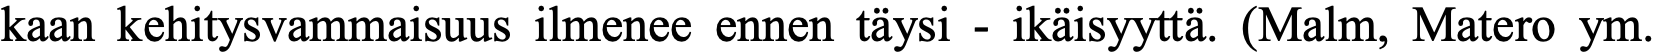
kaan kehitysvammaisuus ilmenee ennen täysi - ikäisyyttä. (Malm, Matero ym.